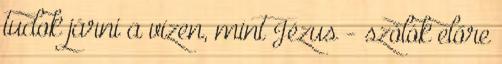
tudok járni a vízen, mint Jézus - szólók előre